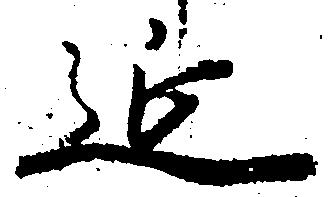
延